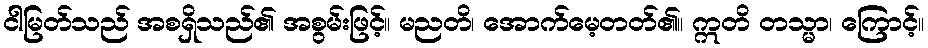
ငါမြတ်သည် အစရှိသည်၏ အစွမ်းဖြင့်။ မညတိ၊ အောက်မေ့တတ်၏။ ဣတိ တသ္မာ၊ ကြောင့်။